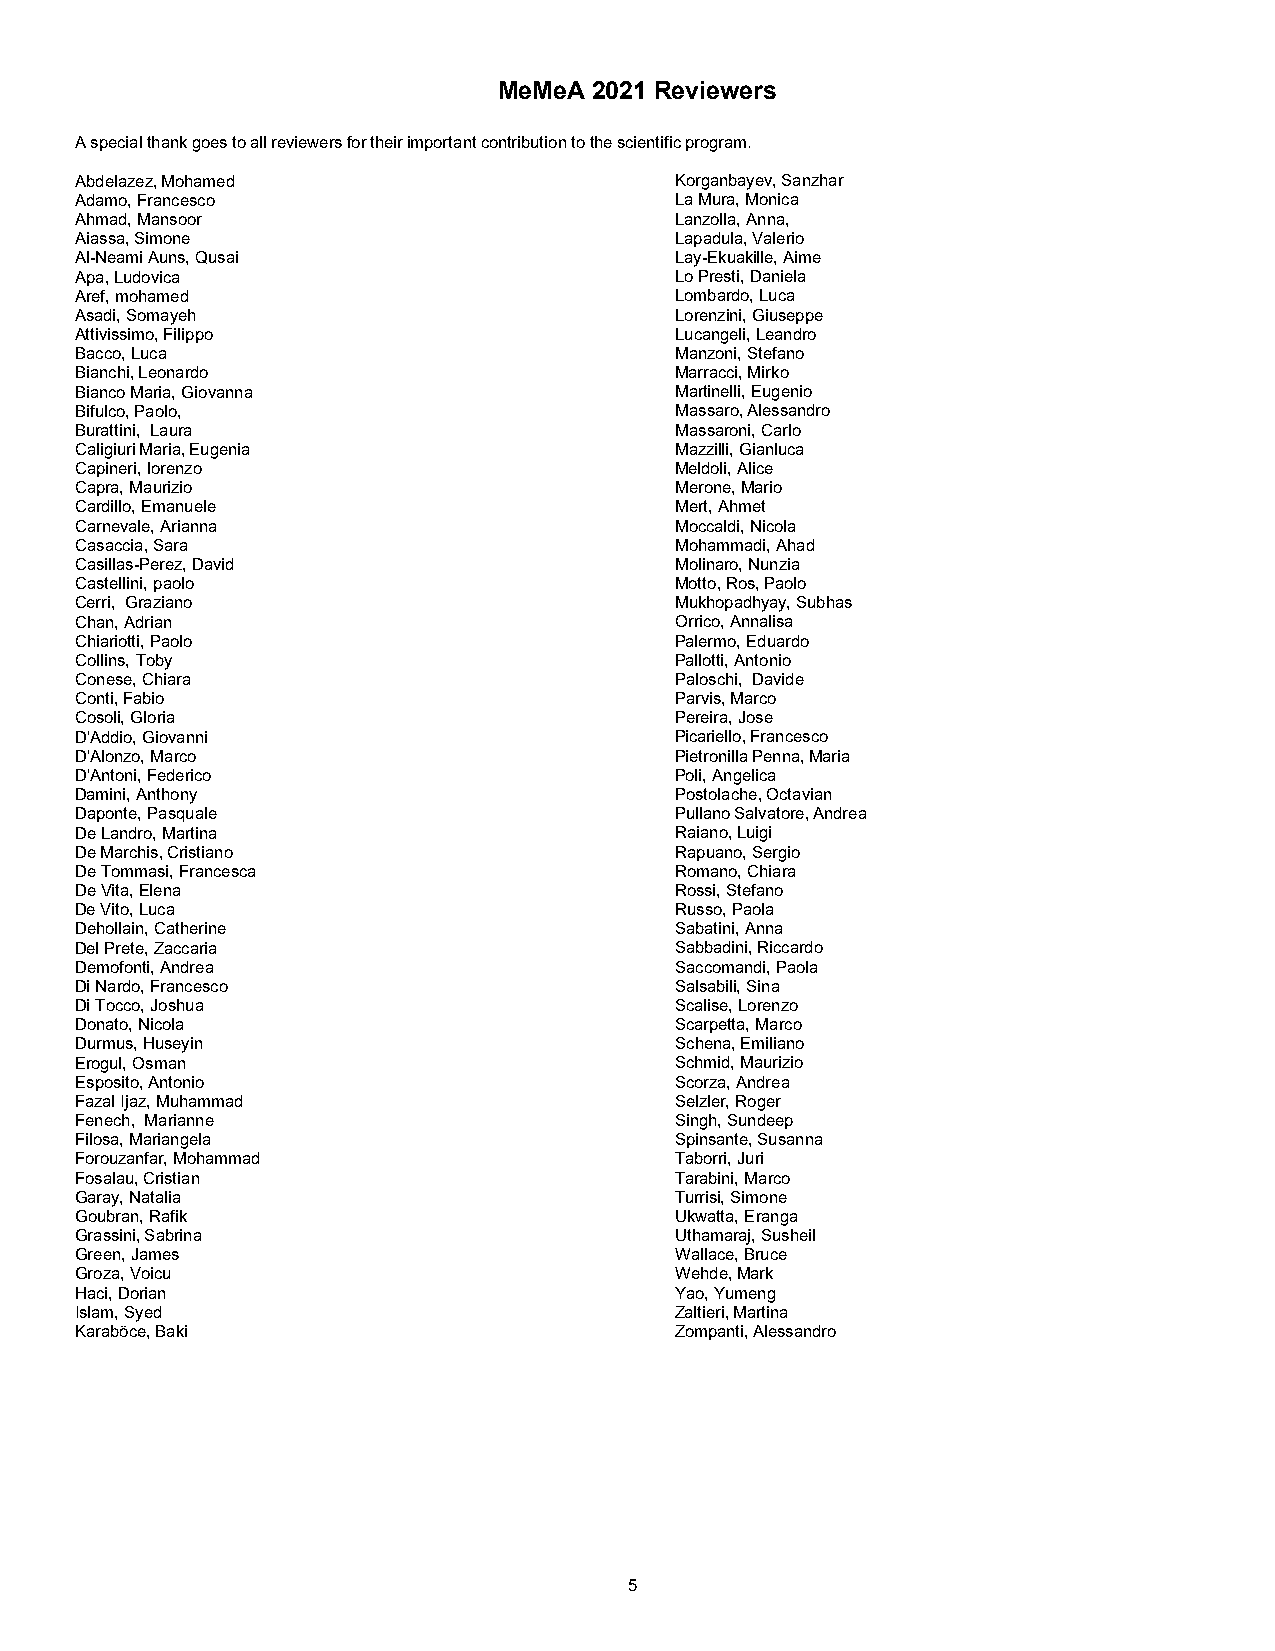
MeMeA 2021 Reviewers
 A special thank goes to all reviewers for their important contribution to the scientific program.
 Abdelazez, Mohamed                      Korganbayev, Sanzhar
 Adamo, Francesco                        La Mura, Monica
 Ahmad, Mansoor                          Lanzolla, Anna,
 Aiassa, Simone                          Lapadula, Valerio
 Al-Neami Auns, Qusai                    Lay-Ekuakille, Aime
 Apa, Ludovica                           Lo Presti, Daniela
 Aref, mohamed                           Lombardo, Luca
 Asadi, Somayeh                          Lorenzini, Giuseppe
 Attivissimo, Filippo                    Lucangeli, Leandro
 Bacco, Luca                             Manzoni, Stefano
 Bianchi, Leonardo                       Marracci, Mirko
 Bianco Maria, Giovanna                  Martinelli, Eugenio
 Bifulco, Paolo,                         Massaro, Alessandro
 Burattini, Laura                        Massaroni, Carlo
 Caligiuri Maria, Eugenia                Mazzilli, Gianluca
 Capineri, lorenzo                       Meldoli, Alice
 Capra, Maurizio                         Merone, Mario
 Cardillo, Emanuele                      Mert, Ahmet
 Carnevale, Arianna                      Moccaldi, Nicola
 Casaccia, Sara                          Mohammadi, Ahad
 Casillas-Perez, David                   Molinaro, Nunzia
 Castellini, paolo                       Motto, Ros, Paolo
 Cerri, Graziano                         Mukhopadhyay, Subhas
 Chan, Adrian                            Orrico, Annalisa
 Chiariotti, Paolo                       Palermo, Eduardo
 Collins, Toby                           Pallotti, Antonio
 Conese, Chiara                          Paloschi, Davide
 Conti, Fabio                            Parvis, Marco
 Cosoli, Gloria                          Pereira, Jose
 D'Addio, Giovanni                       Picariello, Francesco
 D'Alonzo, Marco                         Pietronilla Penna, Maria
 D'Antoni, Federico                      Poli, Angelica
 Damini, Anthony                         Postolache, Octavian
 Daponte, Pasquale                       Pullano Salvatore, Andrea
 De Landro, Martina                      Raiano, Luigi
 De Marchis, Cristiano                   Rapuano, Sergio
 De Tommasi, Francesca                   Romano, Chiara
 De Vita, Elena                          Rossi, Stefano
 De Vito, Luca                           Russo, Paola
 Dehollain, Catherine                    Sabatini, Anna
 Del Prete, Zaccaria                     Sabbadini, Riccardo
 Demofonti, Andrea                       Saccomandi, Paola
 Di Nardo, Francesco                     Salsabili, Sina
 Di Tocco, Joshua                        Scalise, Lorenzo
 Donato, Nicola                          Scarpetta, Marco
 Durmus, Huseyin                         Schena, Emiliano
 Erogul, Osman                           Schmid, Maurizio
 Esposito, Antonio                       Scorza, Andrea
 Fazal Ijaz, Muhammad                    Selzler, Roger
 Fenech, Marianne                        Singh, Sundeep
 Filosa, Mariangela                      Spinsante, Susanna
 Forouzanfar, Mohammad                   Taborri, Juri
 Fosalau, Cristian                       Tarabini, Marco
 Garay, Natalia                          Turrisi, Simone
 Goubran, Rafik                          Ukwatta, Eranga
 Grassini, Sabrina                       Uthamaraj, Susheil
 Green, James                            Wallace, Bruce
 Groza, Voicu                            Wehde, Mark
 Haci, Dorian                            Yao, Yumeng
 Islam, Syed                             Zaltieri, Martina
 Karaböce, Baki                          Zompanti, Alessandro
 5